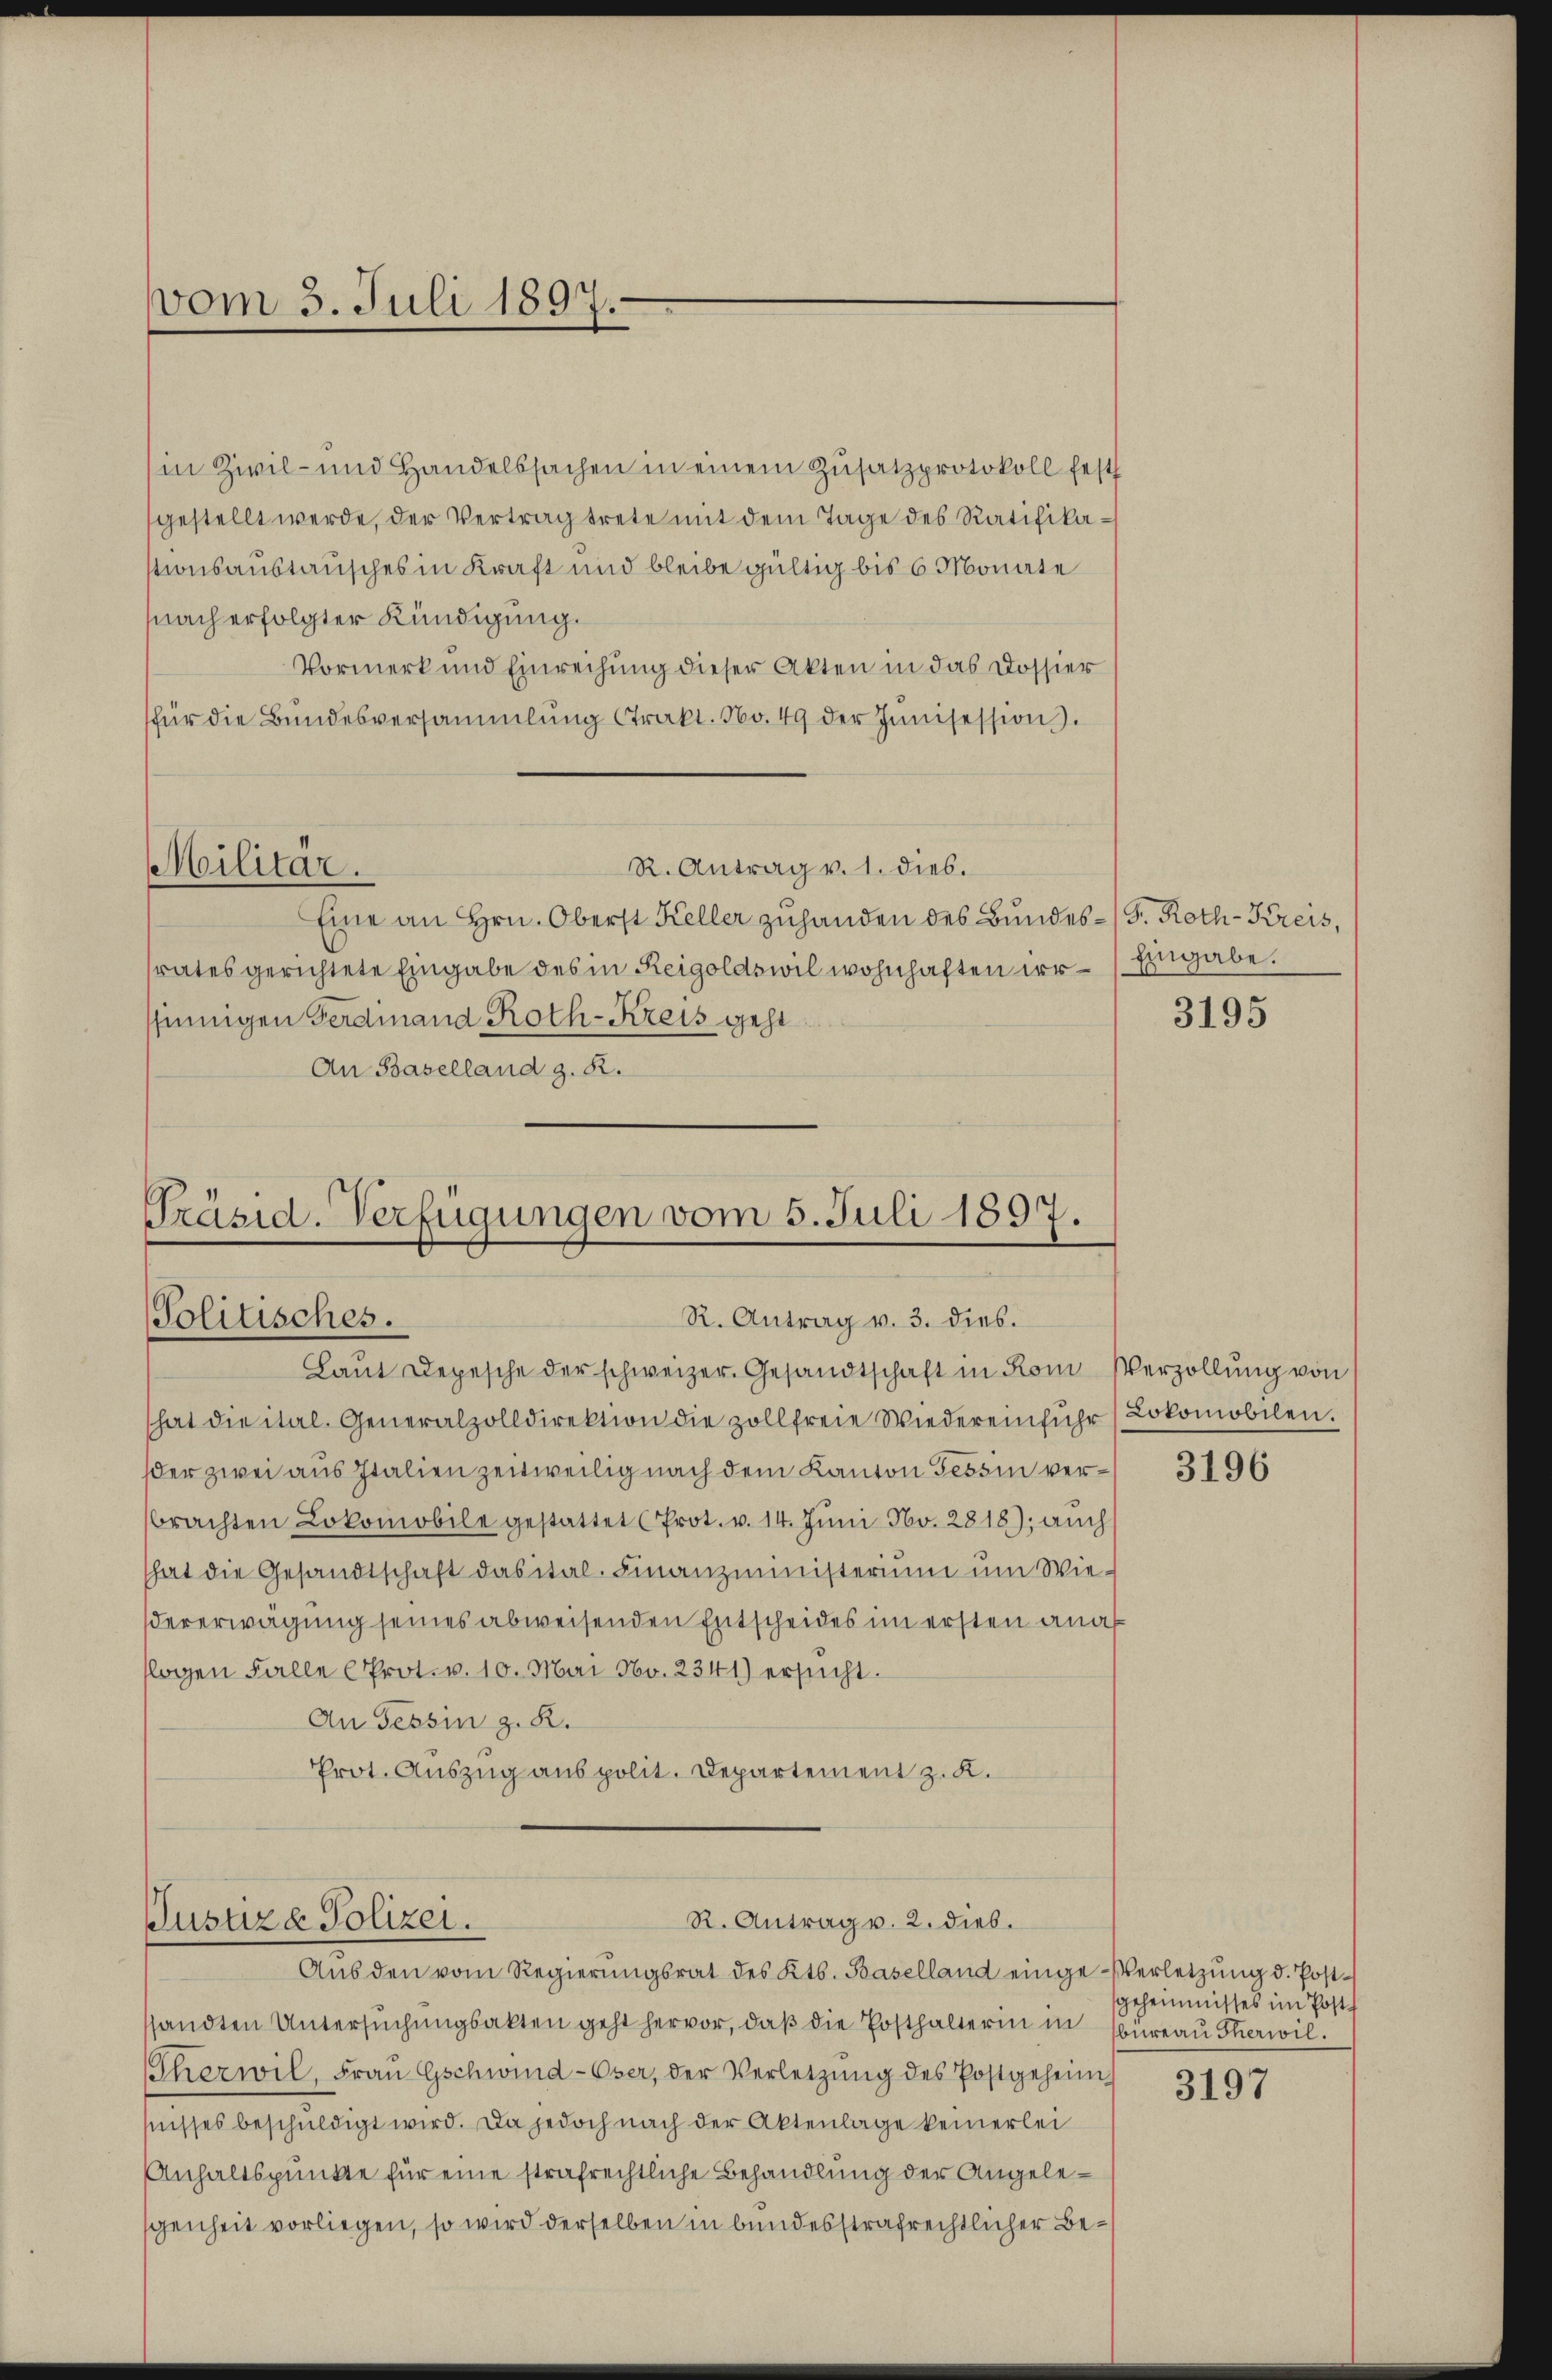
vom 3. Juli 1897.

in Zivil- und Handelssachen in einem Zusatzprotokoll fest
gestellt werde, der Vertrag trete mit dem Tage des Ratifikastionsaustausches in Kraft und bleibe gültig bis 6 Monate
nach erfolgter Kündigung.
Vormerk und Einreihung dieser Akten in das Dossier
für die Bundesversammlung strakt. No. 49 der Junisession.
R. Antrag v. 1. dies.
Militär.
Eine an Hrn. Oberst Keller zuhanden des Bundes- (G. Roth-Kreis,
srates gerichtete Eingabe des in Reigoldswil wohnhaften irr- Eingabe.
ssinnigen Ferdinand Roth-Kreis geht
An Baselland z. R.

Präsid. Verfügungen vom 5. Juli 1897.
R. Antrag v. 3. dies.
Politisches.

R. Antrag v. 2. Dieb.
Justiz & Polizei.

Laŭt Depesche der schweizer. Gesandtschaft in Rom Verzollŭng von
hat die ital. Generalzolldirektion die zollfreie Wiedereinfŭhr Lokomobilen.
der zwei aus Italien zeitweilig nach dem Kanton Tessin verbrachten Lokomobile gestattet (Prot. v. 14. Jŭni Nr. 2818); auch
hat die Gesandtschaft dasital. Finanzministerium um Wiedererwägung seines abweisenden Entscheides im ersten anallogen Falle (Prot. v. 10. Mai No. 2341) ersucht.
An Tessin z. R.
Prot. Auszug aus polit. Departement z. K.

Aŭs den vom Regierŭngsrat des Kts. Baselland einge-Verletzung d. Postsandten Untersŭchŭngsakten geht hervor, daβ die Posthalterin in Büreau Therwil.
Therwil, Fraŭ Gschwind-Oser, der Verletzŭng des Postgeheim
fnisses beschuldigt wird. Da jedoch nach der Aktenlage keinerlei
Anhaltspunkte für eine strafrechtliche Behandlung der Angelegenheit vorliegen, so wird derselben in bundesstrafrechtlicher Be¬

3195

3196

geheimisses im Postf

3197